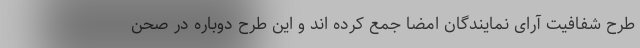
طرح شفافیت آرای نمایندگان امضا جمع کرده اند و این طرح دوباره در صحن